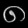
Digit: ၈